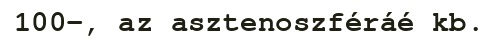
100–, az asztenoszféráé kb.